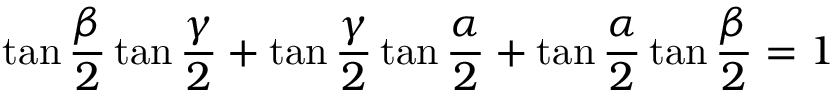
\tan { \frac { \beta } { 2 } } \tan { \frac { \gamma } { 2 } } + \tan { \frac { \gamma } { 2 } } \tan { \frac { \alpha } { 2 } } + \tan { \frac { \alpha } { 2 } } \tan { \frac { \beta } { 2 } } = 1